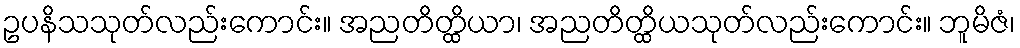
ဥပနိသသုတ်လည်းကောင်း။ အညတိတ္ထိယာ၊ အညတိတ္ထိယသုတ်လည်းကောင်း။ ဘူမိဇံ၊